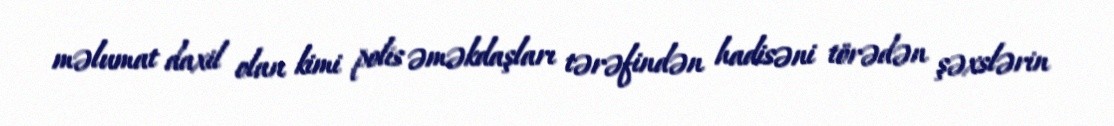
məlumat daxil olan kimi polis əməkdaşları tərəfindən hadisəni törədən şəxslərin